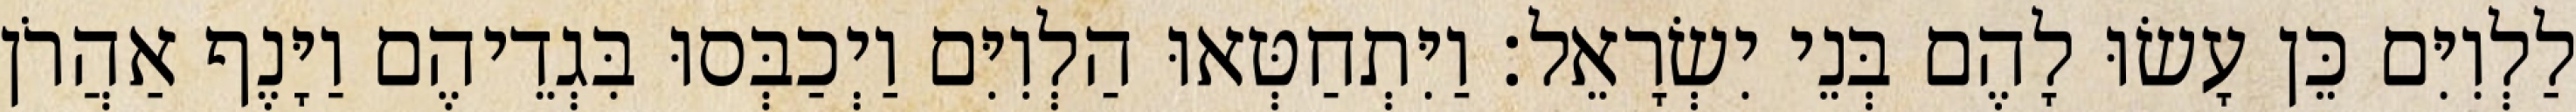
לַלְוִיִּם כֵּן עָשׂוּ לָהֶם בְּנֵי יִשְׂרָאֵל׃ וַיִּתְחַטְּאוּ הַלְוִיִּם וַיְכַבְּסוּ בִּגְדֵיהֶם וַיָּנֶף אַהֲרֹן